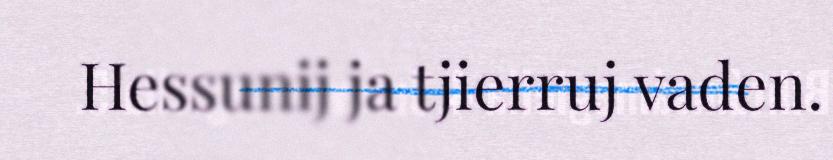
Hessunij ja tjierruj vaden.